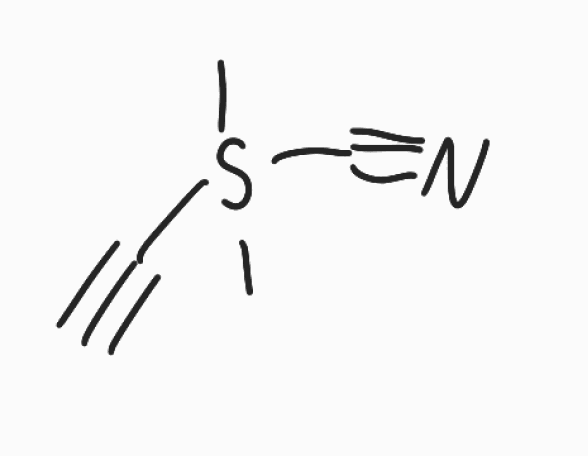
Simplified molecular-input line-entry system (SMILES) notation of the given molecule:
CS(C)(C#C)C#N